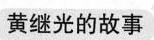
黄继光的故事